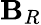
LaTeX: \mathbf{B}_{R}